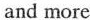
and more